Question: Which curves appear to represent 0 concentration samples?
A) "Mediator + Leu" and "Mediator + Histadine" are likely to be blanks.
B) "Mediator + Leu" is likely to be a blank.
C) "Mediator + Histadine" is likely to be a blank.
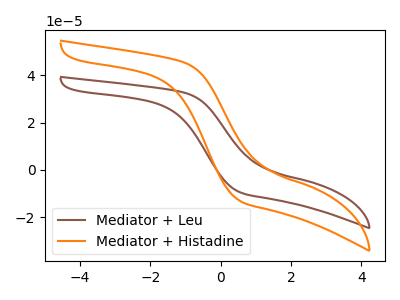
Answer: <think>The brown curve "Mediator + Leu" has no peaks. The orange curve "Mediator + Histadine" has no peaks.</think>
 <answer>A) "Mediator + Leu" and "Mediator + Histadine" are likely to be blanks.</answer>
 <eval>A</eval>